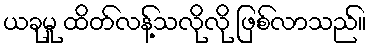
ယခုမူ ထိတ်လန့်သလိုလို ဖြစ်လာသည်။